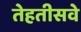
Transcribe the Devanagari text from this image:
तेहतीसवे